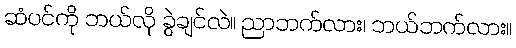
ဆံပင်ကို ဘယ်လို ခွဲချင်လဲ။ ညာဘက်လား၊ ဘယ်ဘက်လား။